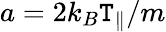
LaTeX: a=2k_{B}\mathtt{T}_{\parallel}/m